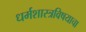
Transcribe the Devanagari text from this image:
धर्मशास्त्रविषयाचा